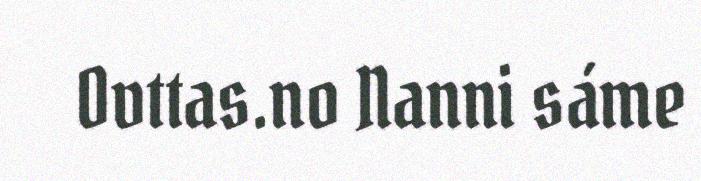
Ovttas.no Nanni sáme